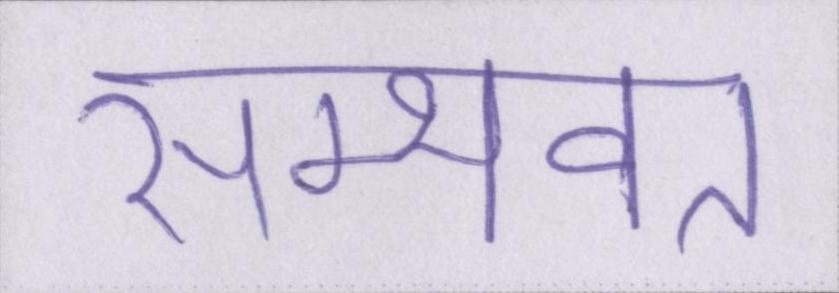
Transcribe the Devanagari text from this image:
सम्भवत